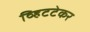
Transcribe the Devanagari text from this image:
व्हिटटेकर